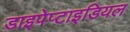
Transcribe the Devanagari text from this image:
डाइपेप्टाइडियल